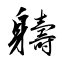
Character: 軇